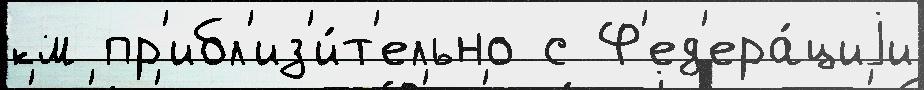
км пр'ибл'из'и́т'ельно с Ф'ед'ера́циjи